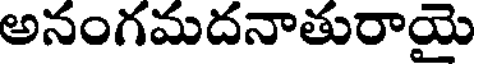
అనంగమదనాతురాయై